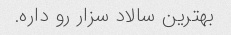
بهترین سالاد سزار رو داره.